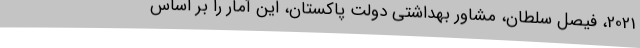
2021، فیصل سلطان، مشاور بهداشتی دولت پاکستان، این آمار را بر اساس